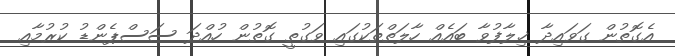
އެގޮތުން ގަވައިދާ ޚިލާފުވާ ބައެއް ހާލަތްތަކުގައި ވަގުތީ ގޮތުން ހުއްދަ ސަސްޕެންޑު ކުރުމާއި